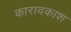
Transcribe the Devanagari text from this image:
कारावकाश